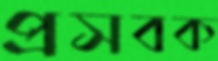
প্রসবক